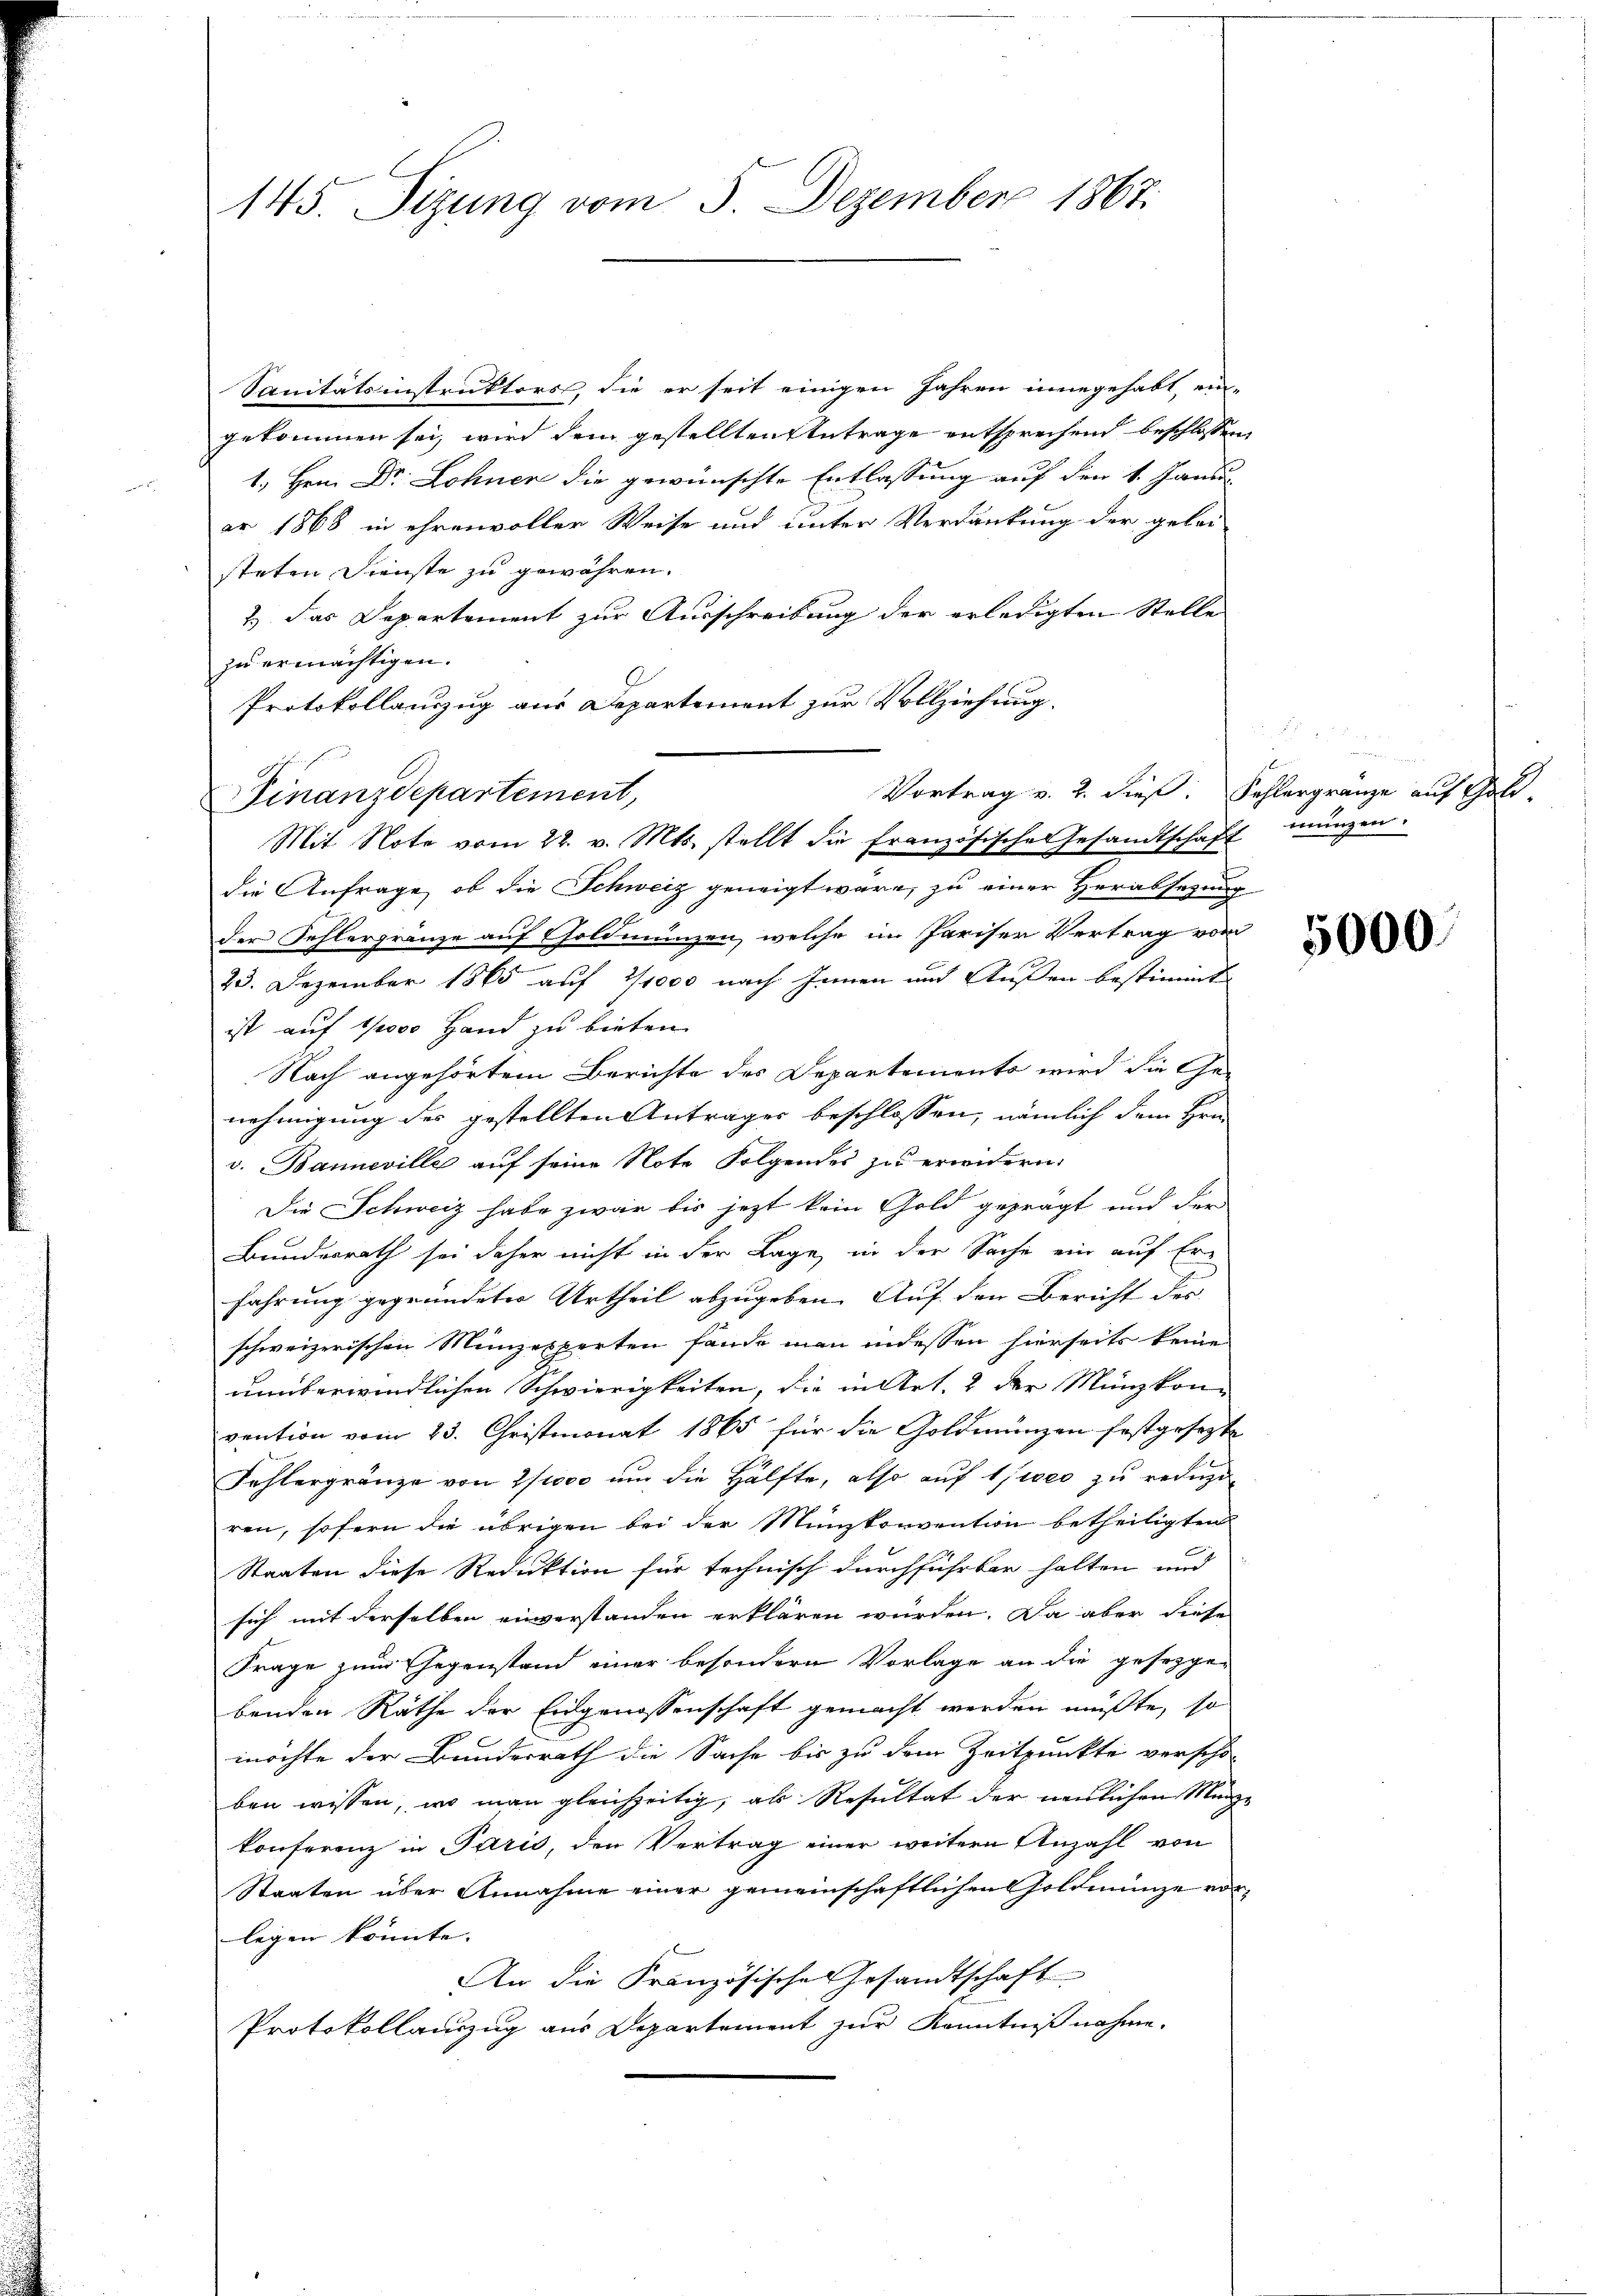
145. Sizung vom 5. Dezember 1867.

Sanitätsinstruktors, die er seit einigen Jahren innegehabt, ein-
gekommen sei, wird dem gestellten Antrage entsprechend beschlossen
1. Hern Dr. Lohner die gewünschte Entlassung auf den 1. Janu
ar 1868 in ehrenvoller Weise und unter Verdankung der gelei-
steten Dienste zu gewähren.
2.) Das Departement zur Ausschreibung der erledigten Stelle
zu ermächtigen.
Protokollauszug aus Departement zur Vollziehung.
Mit Note vom 22. v. Mts. stellt die französische Gesandtschaft mungen.
die Anfrage, ob die Schweiz geneigt wäre, zu einer Herabsetzung
der Sehlergränze auf Goldmünzen, welche im Pariser Vertrag vom
23. Dezember 1865 auf 2/1000 nach Innen und Außen bestimmt
ist auf 1000 Hand zu bieten.
Nach angehörtem Berichte des Departements wird die Ge-
nehmigung des gestellten Anträger beschlossen, nämlich dem Hrn.
v. Banneville auf seine Note Folgendes zu erwidern.
Die Schweiz habe zwar bis jezt kein Gold geprägt und der
Bundesrath sei daher nicht in der Lage, in der Sache ein auf Er-
fahrung gegründeter Urtheil abzugeben. Auf den Bericht des
schweizerischen Münzexperten fände man indessen hierseits keine
unüberwindlichen Schwierigkeiten, die in Art. 2 der Münzkon-
vention vom 23. Christmonat 1865 für die Goldmünzen festgesezte
Fehlergränze von 2000 um die Hälfte, also auf tiers zu reinge
ren, sofern die übrigen bei der Münzkonvention betheiligten
Staaten diese Reduktion für technisch durchführbar halten und
sich mit derselben einverstanden erklären würden. Da aber diese
Frage zum Gegenstand einer besondern Vorlage an die gesegge-
benden Räthe der Eidgenossenschaft gemacht werden müßte, so
möchte der Bundesrath die Sache bis zu dem Zeitpunkte verscho-
ben wissen, wo man gleichzeitig, als Resultat der neblichen Man
konferenz in Paris, den Vertrag einer weitere Anzahl von
Staaten über Annahme einer gemeinschaftlichen Goldmünze vor
legen könnte. |
An die Französisches Gesandtschaft
Protokollauszug aus Departement zur Kenntniß nahme.

Finanzdepartement,

Vortrag v. 2. dieß. Fehlergränze auf Gold-

g

.

r

5000.